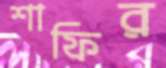
শাফির